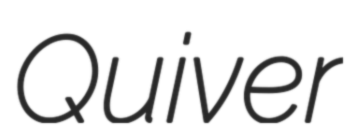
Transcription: Quiver